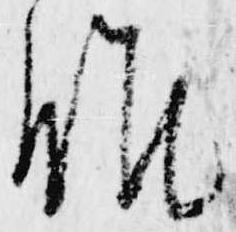
候